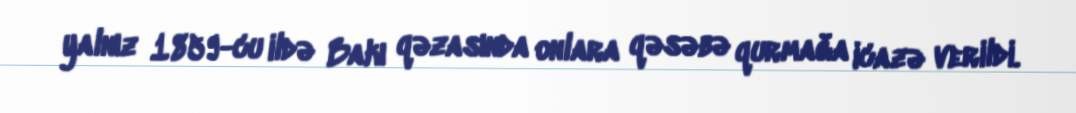
yalnız 1859-cu ildə Bakı qəzasında onlara qəsəbə qurmağa icazə verildi.